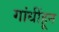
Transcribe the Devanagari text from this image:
गांधींहून